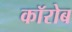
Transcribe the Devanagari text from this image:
कॉरोब